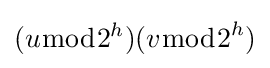
(u{\bmod {2^{h}}})(v{\bmod {2}}^{h})